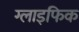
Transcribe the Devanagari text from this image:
ग्लाइफिक